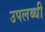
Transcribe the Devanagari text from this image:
उपलब्‍धी